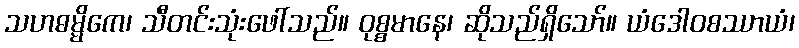
သဟဓမ္မိကေ၊ သီတင်းသုံးဖေါ်သည်။ ဝုစ္စမာနေ၊ ဆိုသည်ရှိသော်။ ယံဒေါဝစဿာယံ၊